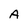
Character: A